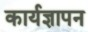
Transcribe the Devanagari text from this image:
कार्यज्ञापन